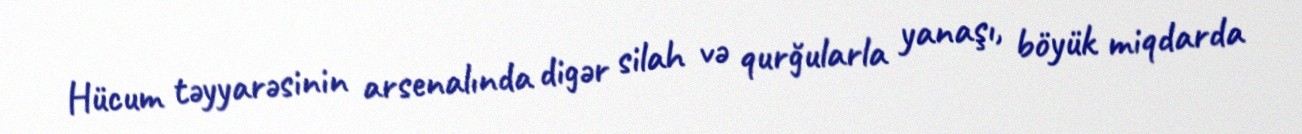
Hücum təyyarəsinin arsenalında digər silah və qurğularla yanaşı, böyük miqdarda